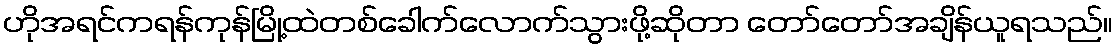
ဟိုအရင်ကရန်ကုန်မြို့ထဲတစ်ခေါက်လောက်သွားဖို့ဆိုတာ တော်တော်အချိန်ယူရသည်။